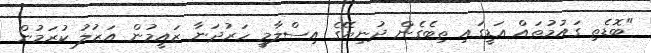
"ބޮޑެތި ގައުމުތައް އަޑީގައި ތިބެގެން ދުނިޔޭގެ އިސްލާމީ ހަރުދަނާ ޒައީމުން އަޒުލު ކުރަމުން